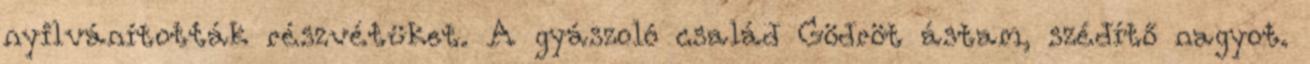
nyilvánították részvétüket. A gyászoló család Gödröt ástam, szédítő nagyot.